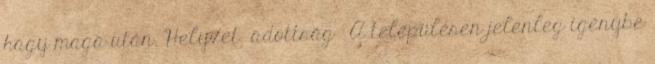
hagy maga után. Helyzet adottság ▪A településen jelenleg igénybe